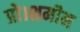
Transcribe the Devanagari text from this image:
प्रो।शमीम